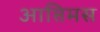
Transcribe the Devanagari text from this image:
आप्तिमस